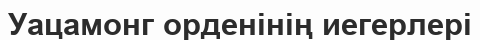
Уацамонг орденінің иегерлері